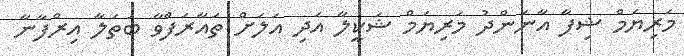
މަރިޔަމް ޝިފާ އާނަންދު މަރިޔަމް ޝަކީލާ އަދި އަލަށް ތައާރަފްވާ ބަތަލާ އިރްފާނާ